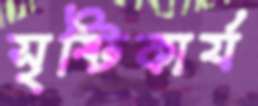
সৃষ্টিকার্য